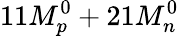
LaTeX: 11M_{p}^{0}+21M_{n}^{0}